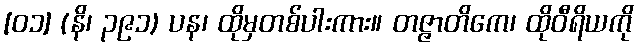
[၀၁] (နိ၊ ၃၉၁) ပန၊ ထိုမှတစ်ပါးကား။ တဇ္ဇာတိကေ၊ ထိုဝီရိယကို